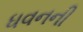
ધવનની